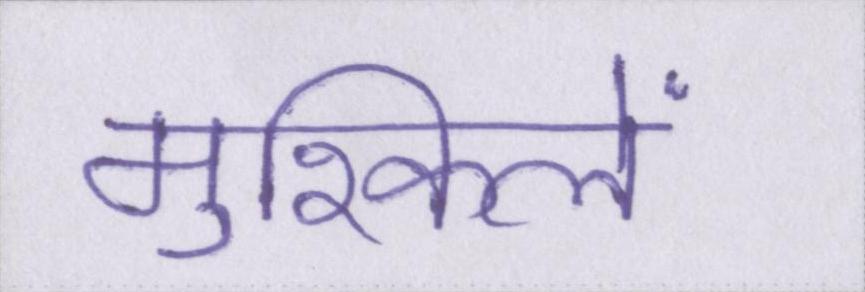
मुश्किलें